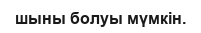
шыны болуы мүмкін.